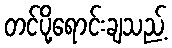
တင်ပို့ရောင်းချသည့်